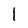
Character: 1